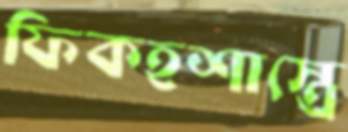
ফিকহশাস্ত্রে